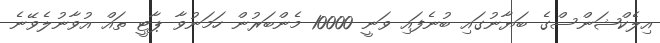
އިލެކްޝަންސްގެ ބަޔާނުގައި ބުނެފައި ވަނީ 10000 މެންބަރުން ހަމަނުވާ ޕާޓީ ތައް އުވާނުލެވޭނެ